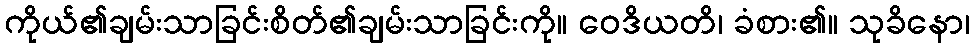
ကိုယ်၏ချမ်းသာခြင်းစိတ်၏ချမ်းသာခြင်းကို။ ဝေဒိယတိ၊ ခံစား၏။ သုခိနော၊